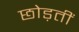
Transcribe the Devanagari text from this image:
छोड़तीं